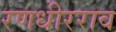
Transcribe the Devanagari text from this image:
रणधीरराव